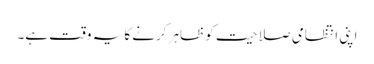
اپنی انتظامی صلاحیت کو ظاہر کرنے کا یہ وقت ہے۔